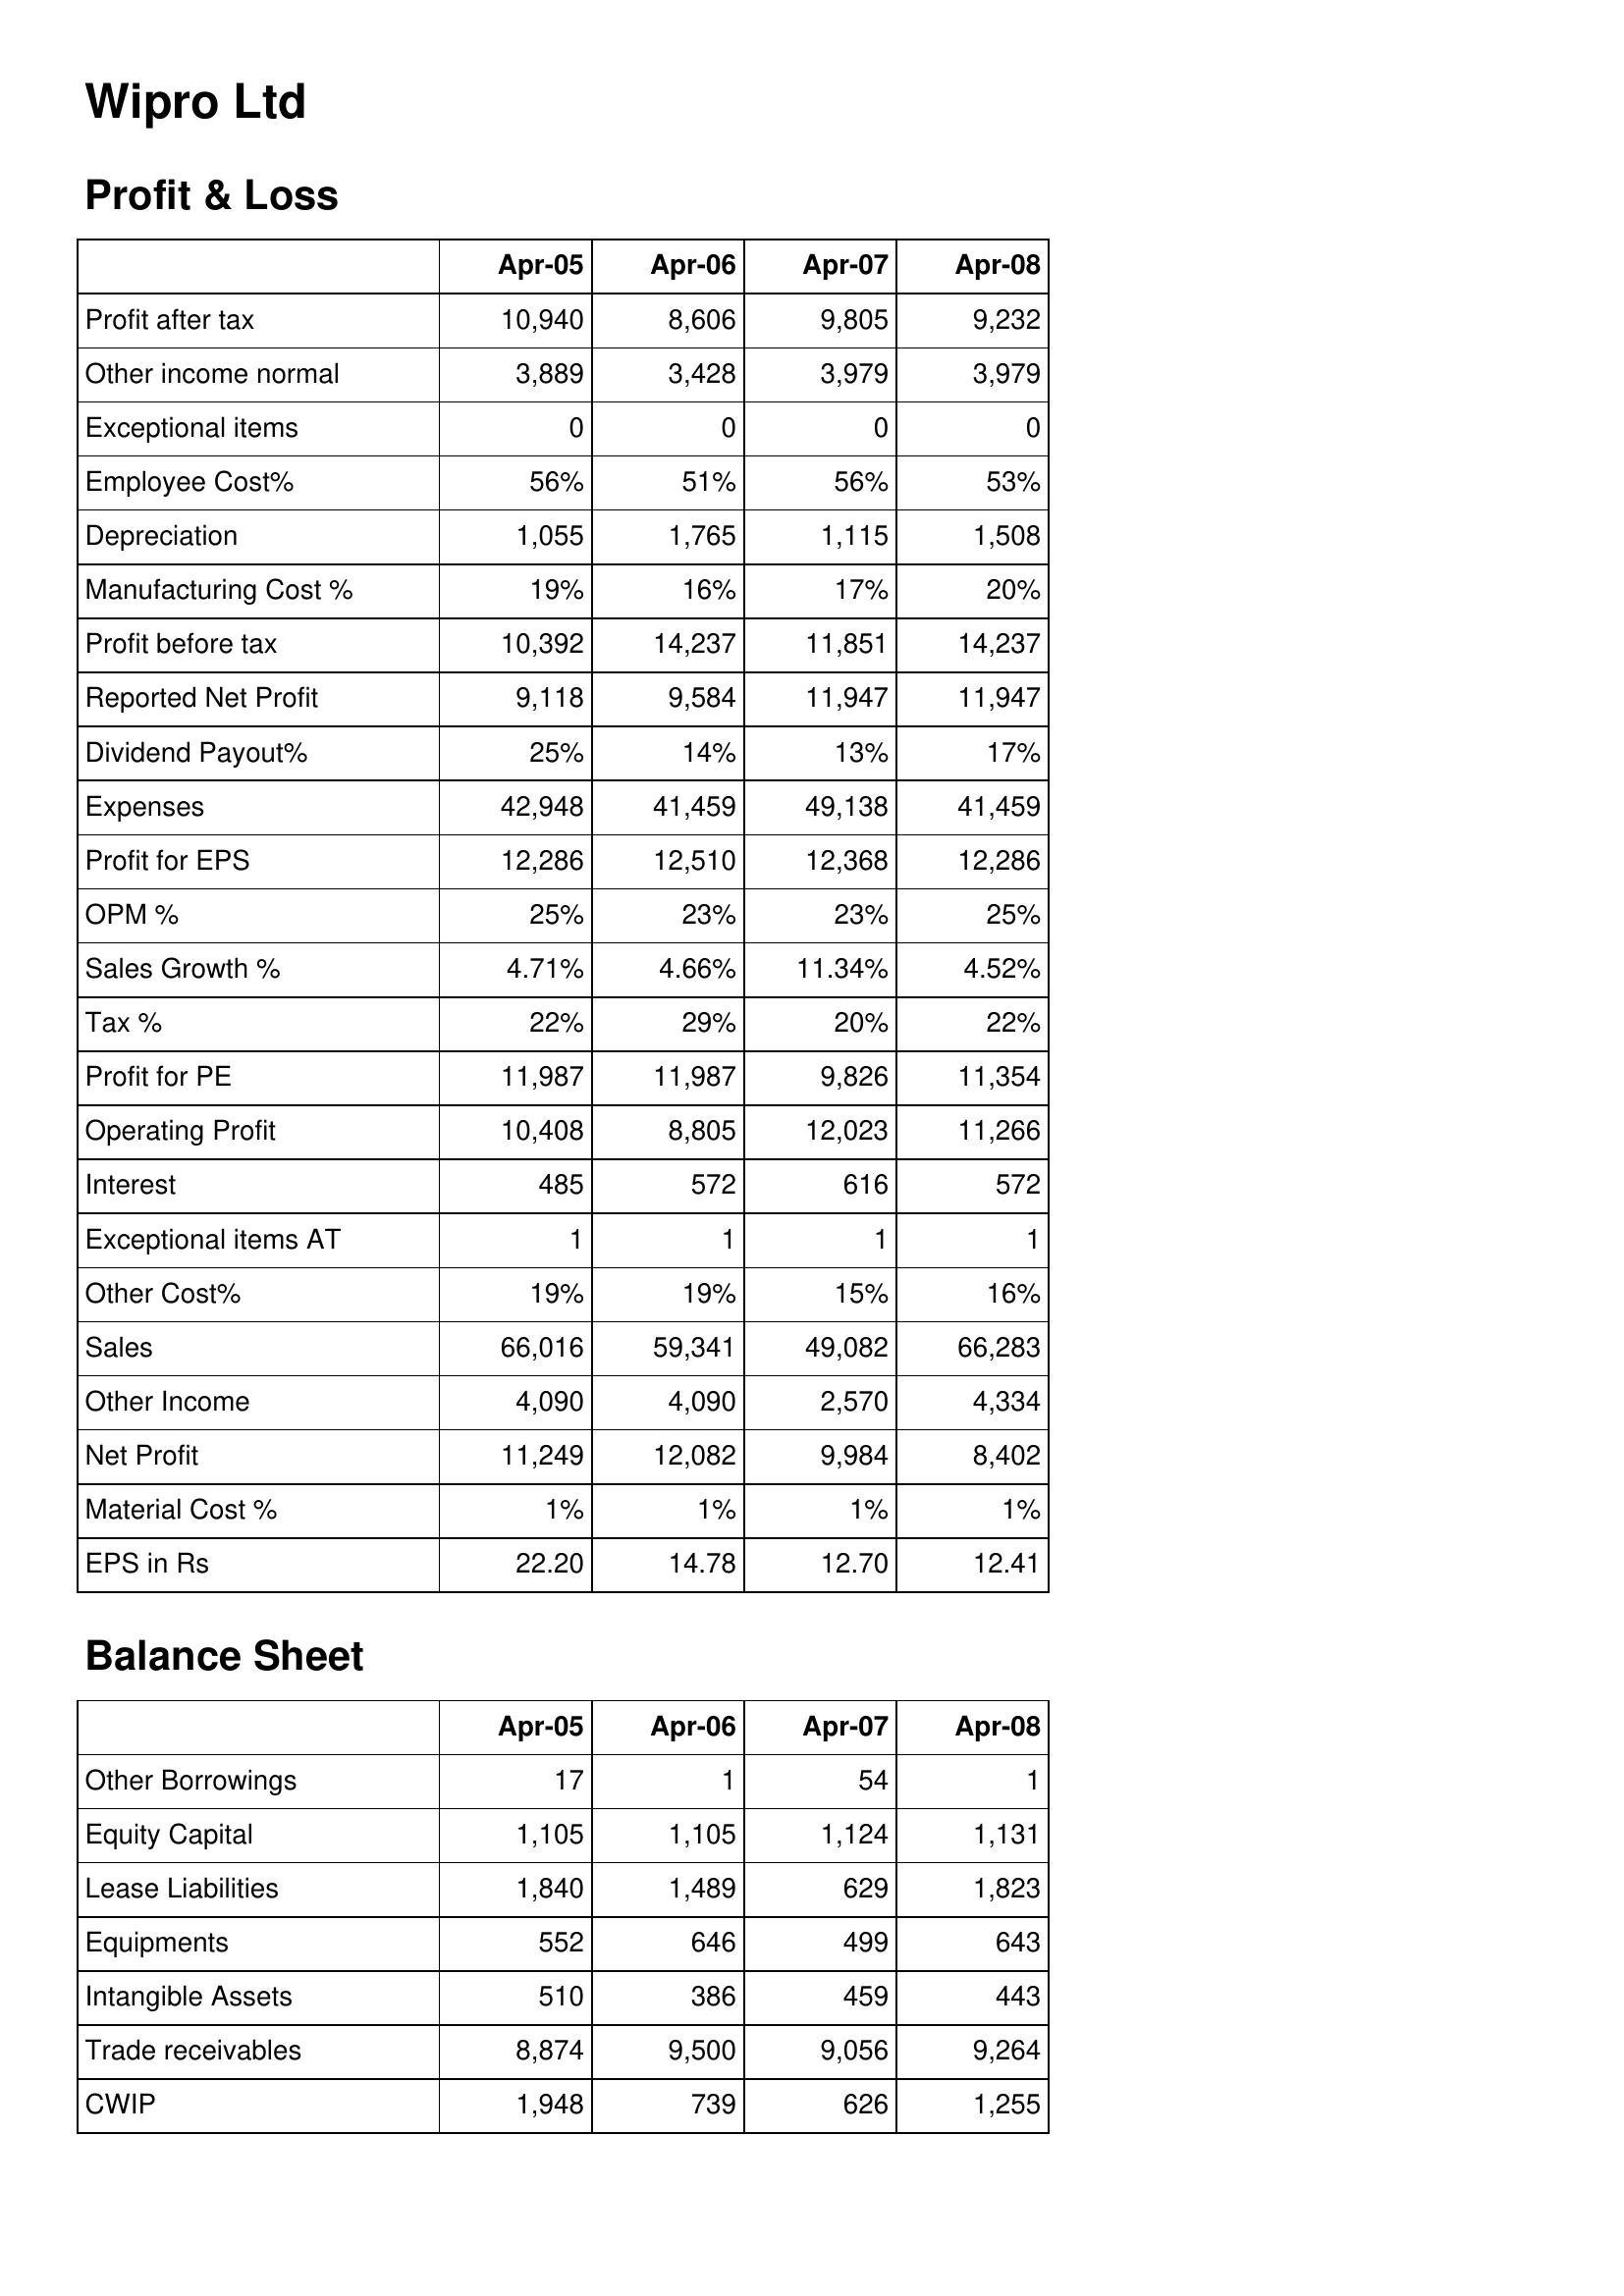
Apr-05: Profit & Loss: Profit after tax: 10,940
Other income normal: 3,889
Exceptional items: 0
Employee Cost%: 56%
Depreciation: 1,055
Manufacturing Cost %: 19%
Profit before tax: 10,392
Reported Net Profit: 9,118
Dividend Payout%: 25%
Expenses: 42,948
Profit for EPS: 12,286
OPM %: 25%
Sales Growth %: 4.71%
Tax %: 22%
Profit for PE: 11,987
Operating Profit: 10,408
Interest: 485
Exceptional items AT: 1
Other Cost%: 19%
Sales: 66,016
Other Income: 4,090
Net Profit: 11,249
Material Cost %: 1%
EPS in Rs: 22.20
Balance Sheet: Other Borrowings: 17
Equity Capital: 1,105
Lease Liabilities: 1,840
Equipments: 552
Intangible Assets: 510
Trade receivables: 8,874
CWIP: 1,948
Apr-06: Profit & Loss: Profit after tax: 8,606
Other income normal: 3,428
Exceptional items: 0
Employee Cost%: 51%
Depreciation: 1,765
Manufacturing Cost %: 16%
Profit before tax: 14,237
Reported Net Profit: 9,584
Dividend Payout%: 14%
Expenses: 41,459
Profit for EPS: 12,510
OPM %: 23%
Sales Growth %: 4.66%
Tax %: 29%
Profit for PE: 11,987
Operating Profit: 8,805
Interest: 572
Exceptional items AT: 1
Other Cost%: 19%
Sales: 59,341
Other Income: 4,090
Net Profit: 12,082
Material Cost %: 1%
EPS in Rs: 14.78
Balance Sheet: Other Borrowings: 1
Equity Capital: 1,105
Lease Liabilities: 1,489
Equipments: 646
Intangible Assets: 386
Trade receivables: 9,500
CWIP: 739
Apr-07: Profit & Loss: Profit after tax: 9,805
Other income normal: 3,979
Exceptional items: 0
Employee Cost%: 56%
Depreciation: 1,115
Manufacturing Cost %: 17%
Profit before tax: 11,851
Reported Net Profit: 11,947
Dividend Payout%: 13%
Expenses: 49,138
Profit for EPS: 12,368
OPM %: 23%
Sales Growth %: 11.34%
Tax %: 20%
Profit for PE: 9,826
Operating Profit: 12,023
Interest: 616
Exceptional items AT: 1
Other Cost%: 15%
Sales: 49,082
Other Income: 2,570
Net Profit: 9,984
Material Cost %: 1%
EPS in Rs: 12.70
Balance Sheet: Other Borrowings: 54
Equity Capital: 1,124
Lease Liabilities: 629
Equipments: 499
Intangible Assets: 459
Trade receivables: 9,056
CWIP: 626
Apr-08: Profit & Loss: Profit after tax: 9,232
Other income normal: 3,979
Exceptional items: 0
Employee Cost%: 53%
Depreciation: 1,508
Manufacturing Cost %: 20%
Profit before tax: 14,237
Reported Net Profit: 11,947
Dividend Payout%: 17%
Expenses: 41,459
Profit for EPS: 12,286
OPM %: 25%
Sales Growth %: 4.52%
Tax %: 22%
Profit for PE: 11,354
Operating Profit: 11,266
Interest: 572
Exceptional items AT: 1
Other Cost%: 16%
Sales: 66,283
Other Income: 4,334
Net Profit: 8,402
Material Cost %: 1%
EPS in Rs: 12.41
Balance Sheet: Other Borrowings: 1
Equity Capital: 1,131
Lease Liabilities: 1,823
Equipments: 643
Intangible Assets: 443
Trade receivables: 9,264
CWIP: 1,255